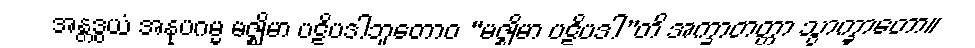
အန္တဒွယံ အနုပဂမ္မ မဇ္ဈိမာ ပဋိပဒါဘူတောဝ “မဇ္ဈိမာ ပဋိပဒါ”တိ အက္ခာတတ္တာ သွာက္ခာတော။